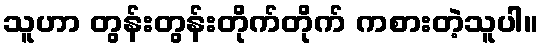
သူဟာ တွန်းတွန်းတိုက်တိုက် ကစားတဲ့သူပါ။